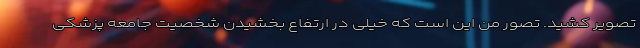
تصویر کشید. تصور من این است که خیلی در ارتفاع بخشیدن شخصیت جامعه پزشکی